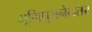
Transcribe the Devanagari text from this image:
भूमिपुजनेनंतर